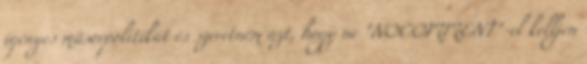
igényes műsorpolitikát és szeretném azt, hogy ne "NOCOMMENT"-el kelljen